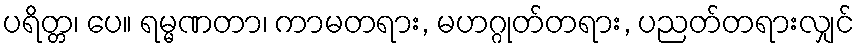
ပရိတ္တ၊ ပေ။ ရမ္မဏတာ၊ ကာမတရား, မဟဂ္ဂုတ်တရား, ပညတ်တရားလျှင်